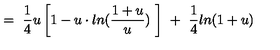
= \ \frac { 1 } { 4 } u \left[ 1 - u \cdot l n ( \frac { 1 + u } { u } ) \ \right] \ + \ \frac { 1 } { 4 } l n ( 1 + u )